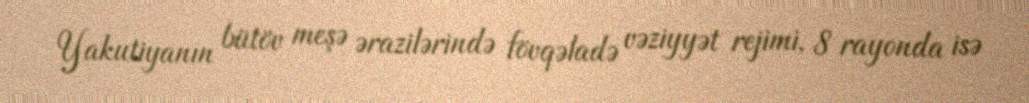
Yakutiyanın bütöv meşə ərazilərində fövqəladə vəziyyət rejimi, 8 rayonda isə